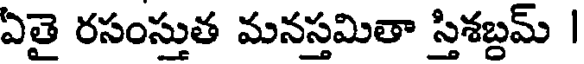
ఏతై రసంస్తుత మనస్తమితా స్తిశబ్దమ్ |